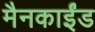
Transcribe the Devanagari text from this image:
मैनकाईंड